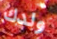
ولدك